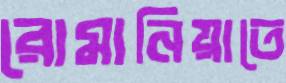
রোমানিয়াতে